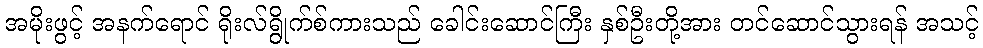
အမိုးဖွင့် အနက်ရောင် ရိုးလ်ရွိုက်စ်ကားသည် ခေါင်းဆောင်ကြီး နှစ်ဦးတို့အား တင်ဆောင်သွားရန် အသင့်